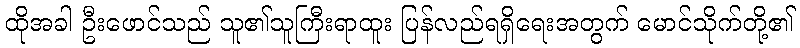
ထိုအခါ ဦးဖောင်သည် သူ၏သူကြီးရာထူး ပြန်လည်ရရှိရေးအတွက် မောင်သိုက်တို့၏